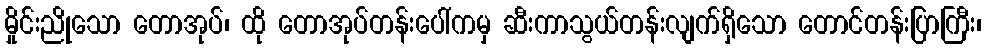
မှိုင်းညိုသော တောအုပ်၊ ထို တောအုပ်တန်းပေါ်ကမှ ဆီးကာသွယ်တန်းလျက်ရှိသော တောင်တန်းပြာကြီး၊